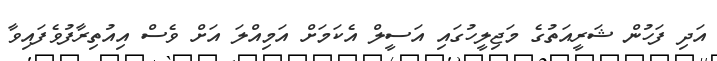
އަދި ފަހުން ޝަރީއަތުގެ މަޖިލީހުގައި އަސީލް އެކަމަށް އަމިއްލަ އަށް ވެސް އިއުތިރާފުވެފައިވާ